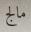
مالج